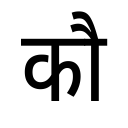
OCR:
कौ